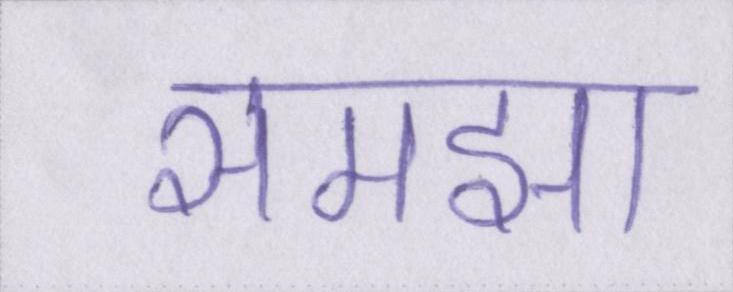
समझा